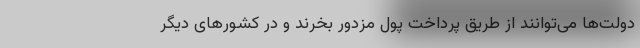
دولت‌ها می‌توانند از طریق پرداخت پول مزدور بخرند و در کشورهای دیگر